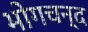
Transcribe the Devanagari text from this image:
भोगचन्द